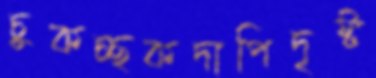
চুকচ্ছকদাপিদৃষ্ট